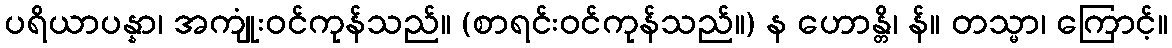
ပရိယာပန္နာ၊ အကျုံးဝင်ကုန်သည်။ (စာရင်းဝင်ကုန်သည်။) န ဟောန္တိ၊ န်။ တသ္မာ၊ ကြောင့်။